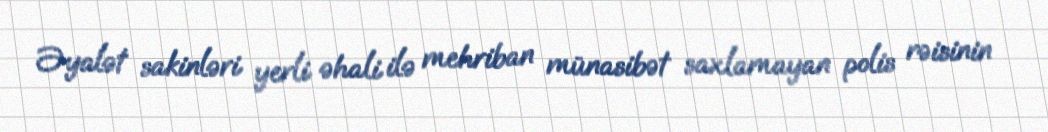
Əyalət sakinləri yerli əhali ilə mehriban münasibət saxlamayan polis rəisinin